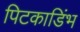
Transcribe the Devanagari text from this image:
पिटकाडिंभ